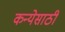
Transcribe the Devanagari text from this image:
कन्येसाठी